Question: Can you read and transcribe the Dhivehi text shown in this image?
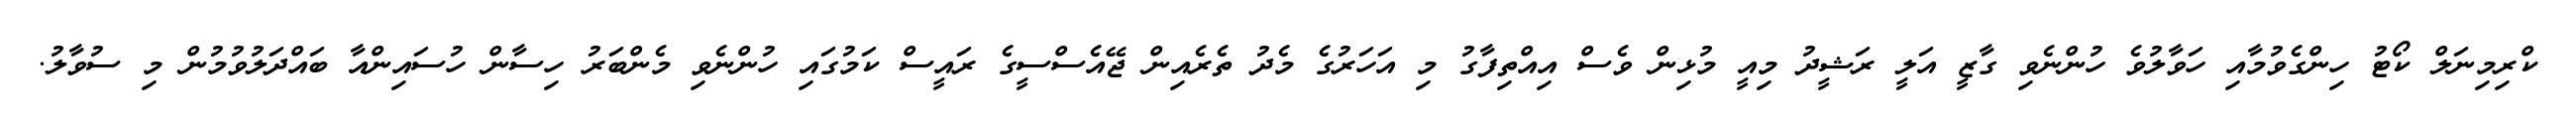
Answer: ކްރިމިނަލް ކޯޓު ހިންގެވުމާއި ހަވާލުވެ ހުންނެވި ގާޒީ އަލީ ރަޝީދު މިއީ މުޅިން ވެސް އިއްތިފާގު މި އަހަރުގެ މެދު ތެރެއިން ޖޭއެސްސީގެ ރައީސް ކަމުގައި ހުންނެވި މެންބަރު ހިސާން ހުސައިންއާ ބައްދަލުވުމުން މި ސުވާލު.